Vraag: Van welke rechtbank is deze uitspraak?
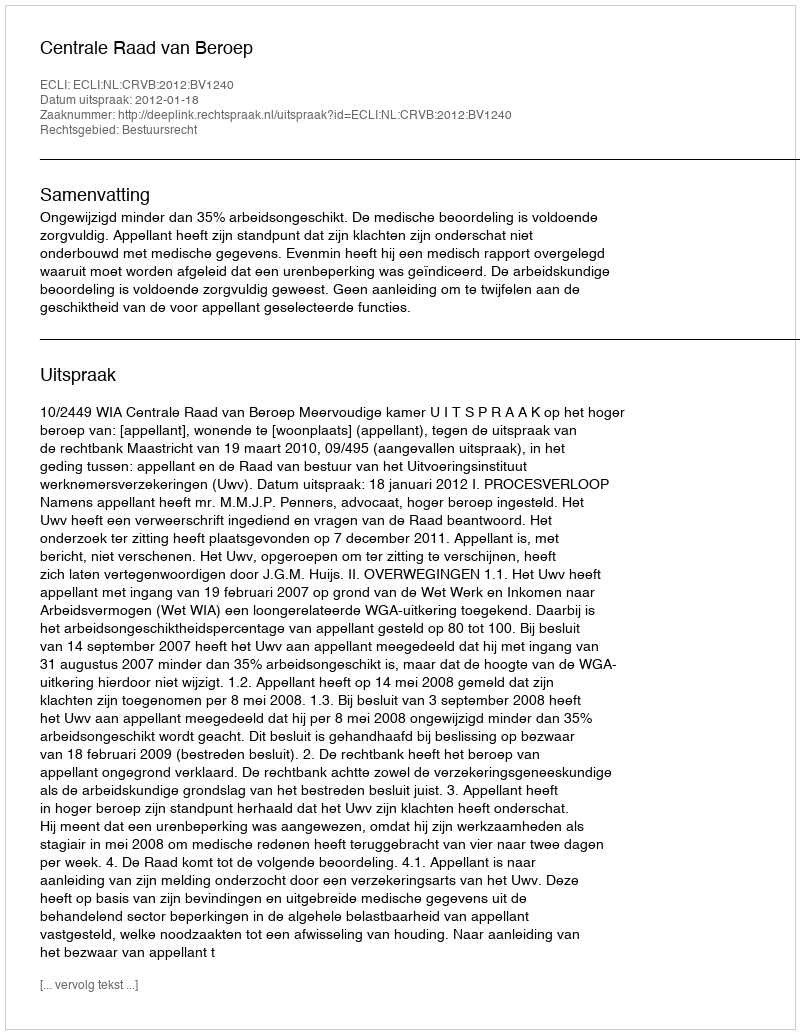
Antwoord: Centrale Raad van Beroep